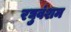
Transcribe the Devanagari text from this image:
रघुवंशम